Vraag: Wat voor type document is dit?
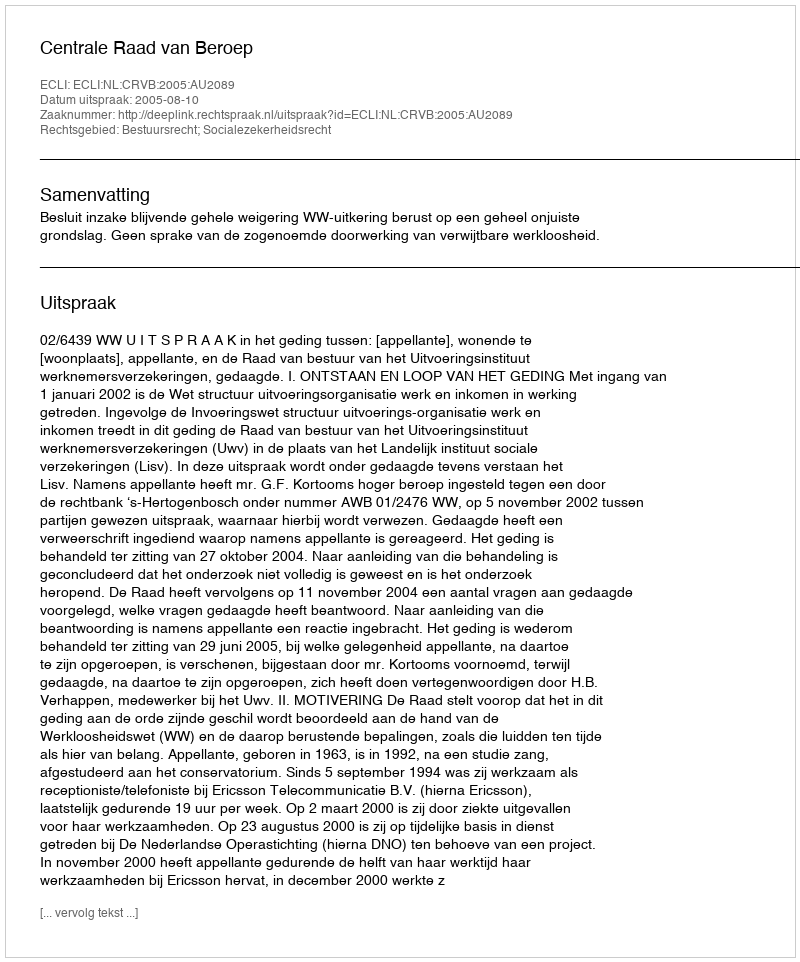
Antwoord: Uitspraak